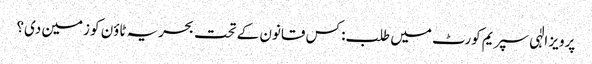
پرویز الٰہی سپریم کورٹ میں طلب: کس قانون کے تحت بحریہ ٹاؤن کو زمین دی؟